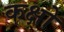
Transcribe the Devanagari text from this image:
कक्षो